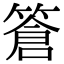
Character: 篬